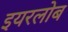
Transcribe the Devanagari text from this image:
इयरलोब